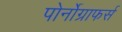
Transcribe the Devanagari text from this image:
पोर्नोग्राफर्स